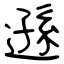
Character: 遜